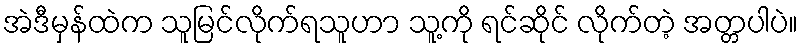
အဲဒီမှန်ထဲက သူမြင်လိုက်ရသူဟာ သူ့ကို ရင်ဆိုင် လိုက်တဲ့ အတ္တပါပဲ။